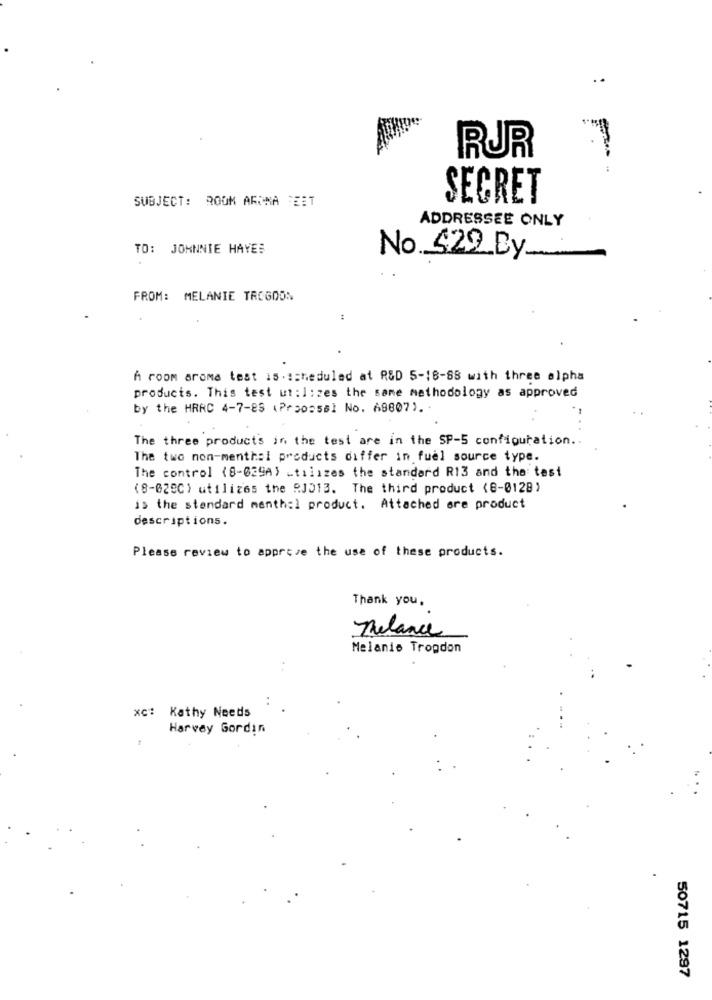
RUR
SUBJECT: ROOM ARDA TEET
SECRET
ADDRESSEE ONLY
TO: JOHNNIE HAYES
No 522_By_
FROM: MELANIE TREGOON
:
A room aroma test is.scheduled at R&D 5-18-88 with three alpha
products. This test ut :1 : zes the same methodology as approved
by the HRAC 4-7-89 (Proosssi No. 68807). .
The three products in the test are in the SP-5 configuration ..
The two non-menthal products differ in fuel source type.
The control (8-029A) utilizes the standard R13 and the test
(8-028C) utilizes the RJ013. The third product (8-0128)
is the standard menthal product. Attached are product
descriptions.
Please review to approve the use of these products.
Thank you.
Thelance
Melanie Tropdon
xc: Kathy Needs
Harvey Gordin
50715 1297